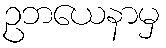
ဥဘယေနာမှ